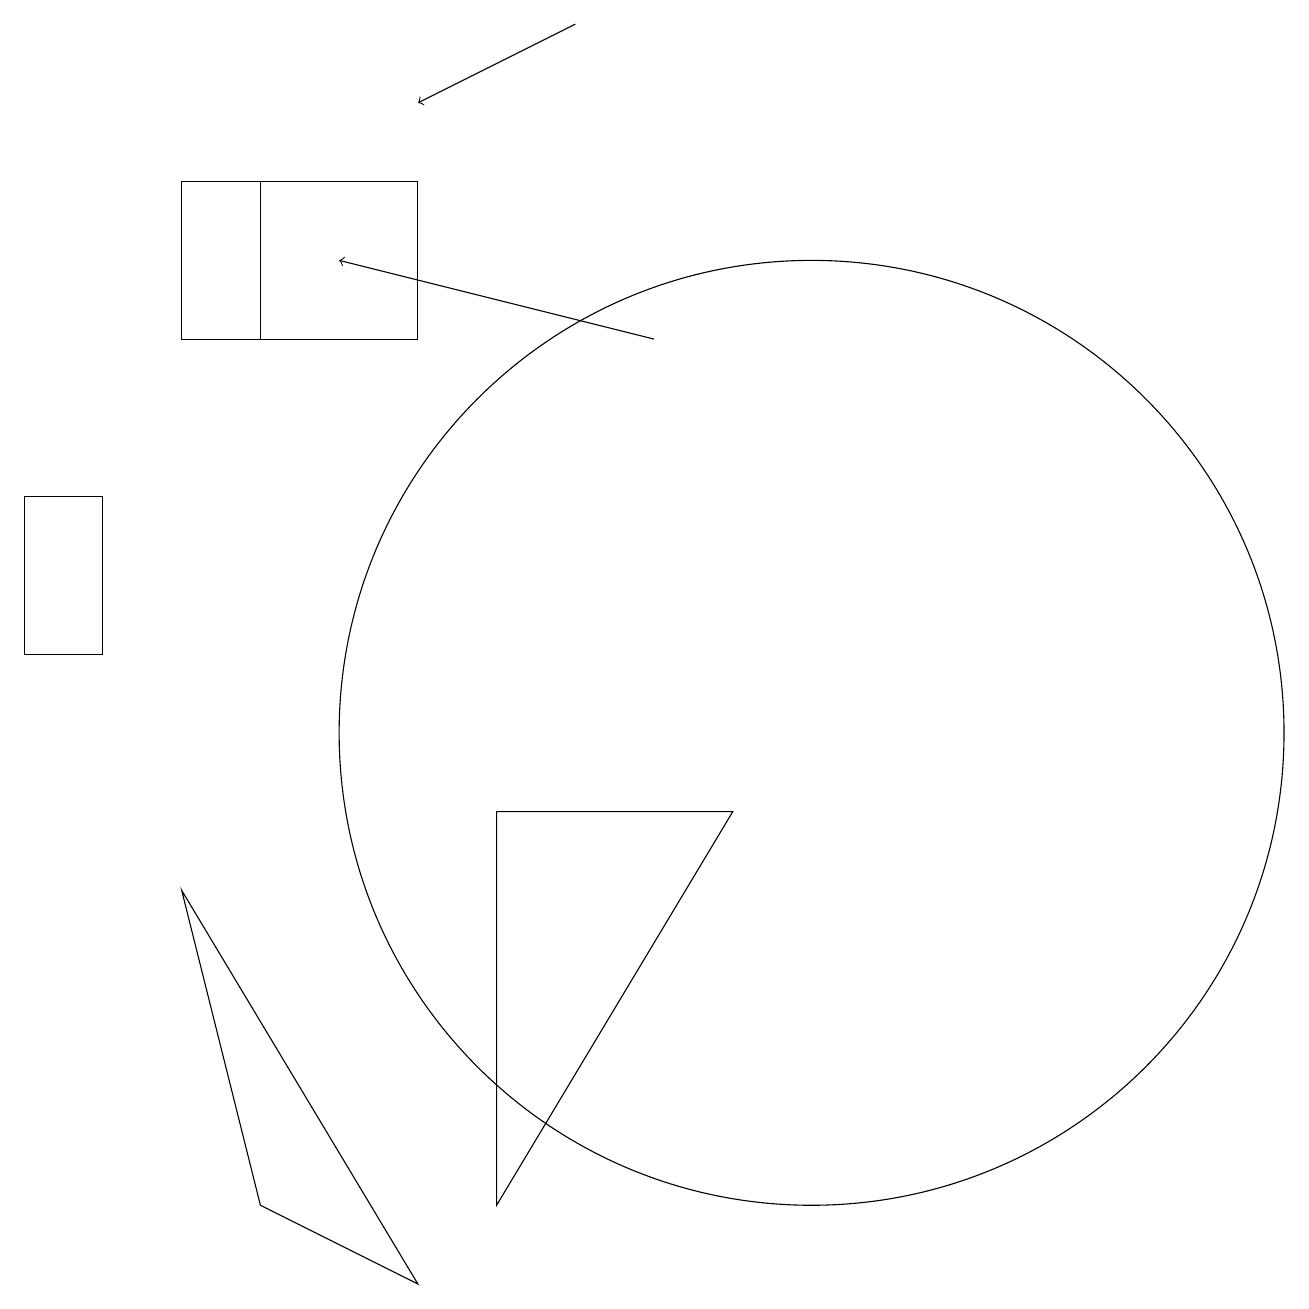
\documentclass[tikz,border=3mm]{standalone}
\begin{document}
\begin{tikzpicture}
\draw (10,10) circle (6);
\draw (2,15) rectangle (5,17);
\draw (0,11) rectangle (1,13);
\draw[->] (7,19) -- (5,18);
\draw[->] (8,15) -- (4,16);
\draw (3,4) -- (5,3) -- (2,8) -- cycle;
\draw (6,4) -- (6,9) -- (9,9) -- cycle;
\draw (3,15) rectangle (3,17);
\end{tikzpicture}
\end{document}